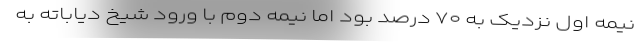
نیمه اول نزدیک به ۷۰ درصد بود اما نیمه دوم با ورود شیخ دیاباته به